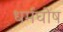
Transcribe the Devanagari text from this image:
धर्मघोष